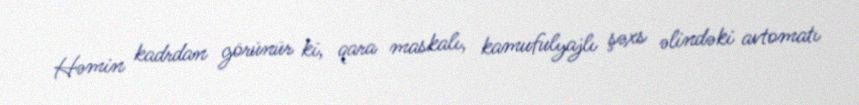
Həmin kadrdan görünür ki, qara maskalı, kamufulyajlı şəxs əlindəki avtomatı